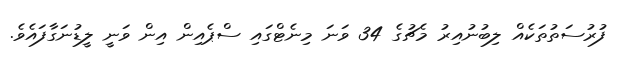
ފުރުސަތުތަކެއް ލިބުނުއިރު މެޗުގެ 34 ވަނަ މިނެޓްގައި ސްޕެއިން އިން ވަނީ ލީޑުނަގާފައެވެ.